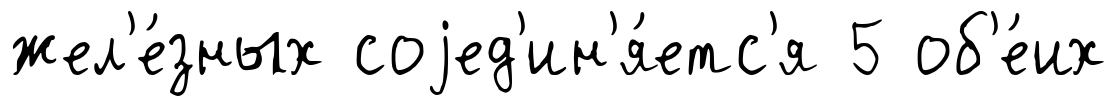
жел'е́зных соjед'ин'я́етс'я 5 об'е́их